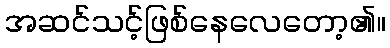
အဆင်သင့်ဖြစ်နေလေတော့၏။